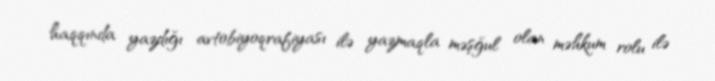
haqqında yazdığı avtobiyoqrafiyası ilə yazmaqla məşğul olan məhkum rolu ilə